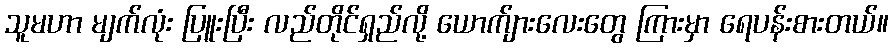
သူမဟာ မျက်လုံး ပြူးပြီး လည်တိုင်ရှည်လို့ ယောက်ျားလေးတွေ ကြားမှာ ရေပန်းစားတယ်။